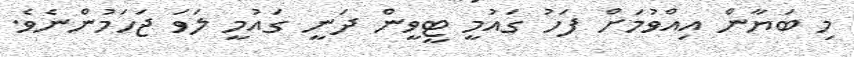
މި ބަޔާން އިއްވުމަށް ފަހު ގައުމީ ޓީވީން ދަނީ ގައުމީ ލަވަ ޖަހަމުންނެވެ.